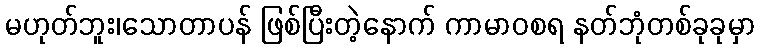
မဟုတ်ဘူး၊သောတာပန် ဖြစ်ပြီးတဲ့နောက် ကာမာဝစရ နတ်ဘုံတစ်ခုခုမှာ